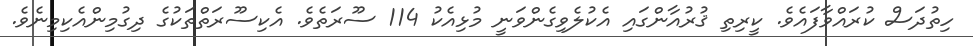
ހިތުދަސް ކުރައްވާފައެވެ. ކީރިތި ޤުރުއާންގައި އެކުލެވިގެންވަނީ މުޅިއެކު 114 ސޫރަތެވެ. އެކިސޫރަތްތަކުގެ ދިގުމިންއެކިމިނެވެ.